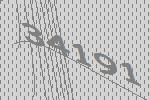
34191